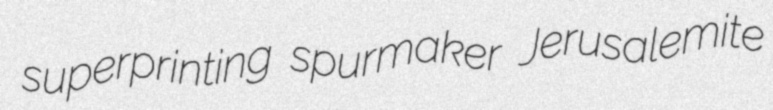
superprinting spurmaker Jerusalemite